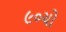
૯૦ચો